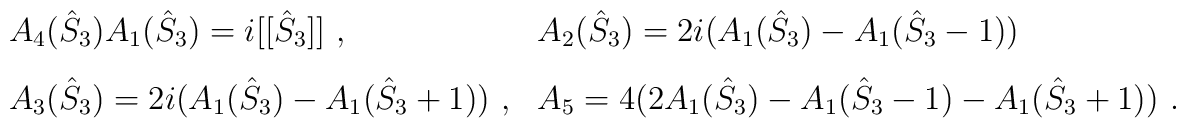
\begin{array}{ll}A_4(\hat{S}_3) A_1(\hat{S}_3)=i[[\hat{S}_3]]~,~~~~~~~&A_2(\hat{S}_3)=2i (A_1(\hat{S}_3)-A_1(\hat{S}_3-1))\\[3mm]A_3(\hat{S}_3)=2i (A_1(\hat{S}_3)-A_1(\hat{S}_3+1))~,&A_5=4(2A_1(\hat{S}_3)-A_1(\hat{S}_3-1)-A_1(\hat{S}_3+1))~.\end{array}